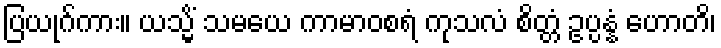
ပြယုဂ်ကား။ ယသ္မိံ သမယေ ကာမာဝစရံ ကုသလံ စိတ္တံ ဥပ္ပန္နံ ဟောတိ၊